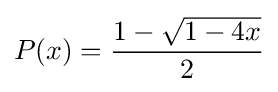
P(x)={\frac {1-{\sqrt {1-4x}}}{2}}